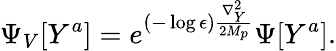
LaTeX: \Psi_{V}[Y^{a}]=e^{(-\log\epsilon){\frac{\nabla_{Y}^{2}}{2M_{p}}}}\Psi[Y^{a}].